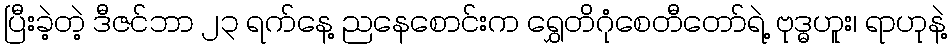
ပြီးခဲ့တဲ့ ဒီဇင်ဘာ ၂၃ ရက်နေ့ ညနေစောင်းက ရွှေတိဂုံစေတီတော်ရဲ့ ဗုဒ္ဓဟူး၊ ရာဟုနဲ့